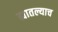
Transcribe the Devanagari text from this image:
ह्यातल्याच